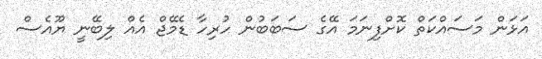
އަޅަން މަސައްކަތް ކޮށްފިނަމަ އޭގެ ސަބަބުން ހުރިހާ ޑެމޭޖް އެއް ލިބޭނީ ޔޫއެސް